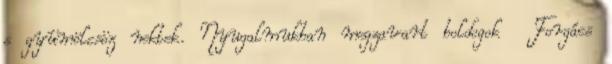
s gyümölcsöz nektek. Nyugalmukban megzavart boldogok Forgács